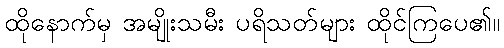
ထိုနောက်မှ အမျိုးသမီး ပရိသတ်များ ထိုင်ကြပေ၏။